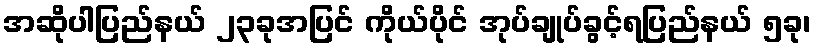
အဆိုပါပြည်နယ် ၂၃ခုအပြင် ကိုယ်ပိုင် အုပ်ချုပ်ခွင့်ရပြည်နယ် ၅ခု၊